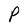
Character: P